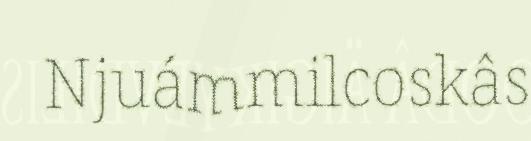
Njuámmilcoskâs